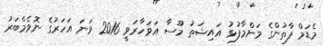
މެޑަމް ފާތުންގެ މަންމާފުޅު އައިޝަތު މޫސާ އަވަހާރަވީ 2016 ވަނަ އަހަރުގެ ނޮވެމްބަރު